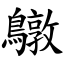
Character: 鷻